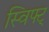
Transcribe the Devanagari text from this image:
स्विफ्ट्